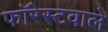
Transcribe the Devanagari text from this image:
फॉरेस्टवाले